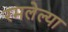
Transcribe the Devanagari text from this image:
रमलेल्या